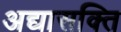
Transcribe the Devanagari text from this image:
अद्यासक्ति